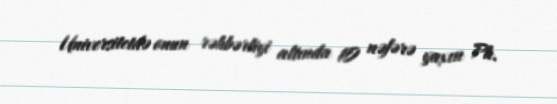
Universitetdə onun rəhbərliyi altında 10 nəfərə yaxın Ph.